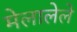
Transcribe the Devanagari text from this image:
मेलालेले